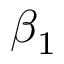
\beta _ { 1 }